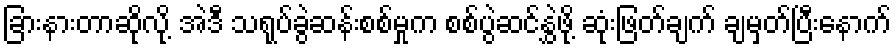
ခြားနားတာဆိုလို့ အဲဒီ သရုပ်ခွဲဆန်းစစ်မှုက စစ်ပွဲဆင်နွှဲဖို့ ဆုံးဖြတ်ချက် ချမှတ်ပြီးနောက်